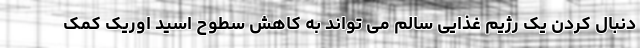
دنبال کردن یک رژیم غذایی سالم می تواند به کاهش سطوح اسید اوریک کمک